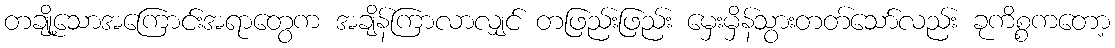
တချို့သောအကြောင်းအရာတွေက အချိန်ကြာလာလျှင် တဖြည်းဖြည်း မှေးမှိန်သွားတတ်သော်လည်း ခုကိစ္စကတော့